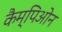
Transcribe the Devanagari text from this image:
कैम्पिओन